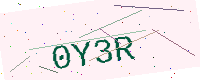
Text: 0Y3R